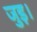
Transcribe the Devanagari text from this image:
जुड़।